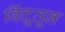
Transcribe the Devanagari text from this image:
बिंदूतून